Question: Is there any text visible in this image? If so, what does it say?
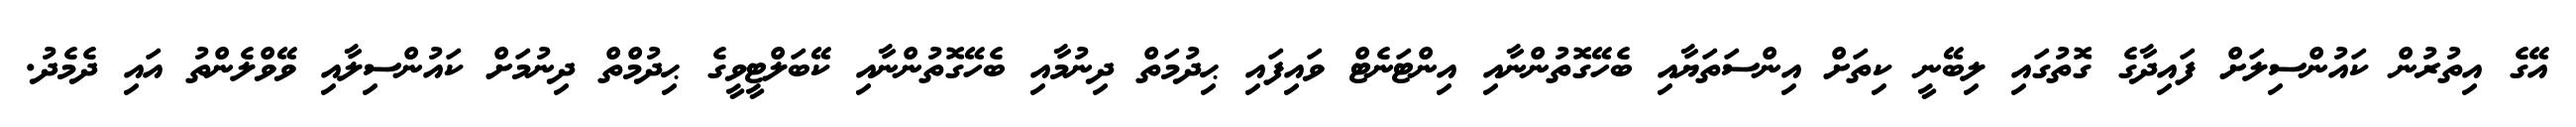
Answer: އޭގެ އިތުރުން ކައުންސިލަށް ފައިދާގެ ގޮތުގައި ލިބޭނީ ކިތަށް އިންސަތަޔާއި ބެހޭގޮތުންނާއި އިންޓަނެޓް ވައިފައި ޙިދުމަތް ދިނުމާއި ބެހޭގޮތުންނާއި ކޭބަލްޓީވީގެ ޙިދުމްތް ދިނުމަށް ކައުންސިލާއި ވޭވްލެންތު އައި ދެމެދު.